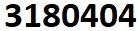
3180404